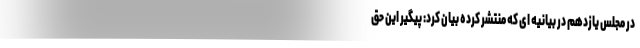
در مجلس یازدهم در بیانیه ای که منتشر کرده بیان کرد: پیگیر این حق